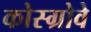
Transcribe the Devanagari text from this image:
कोस्ग्रोवे